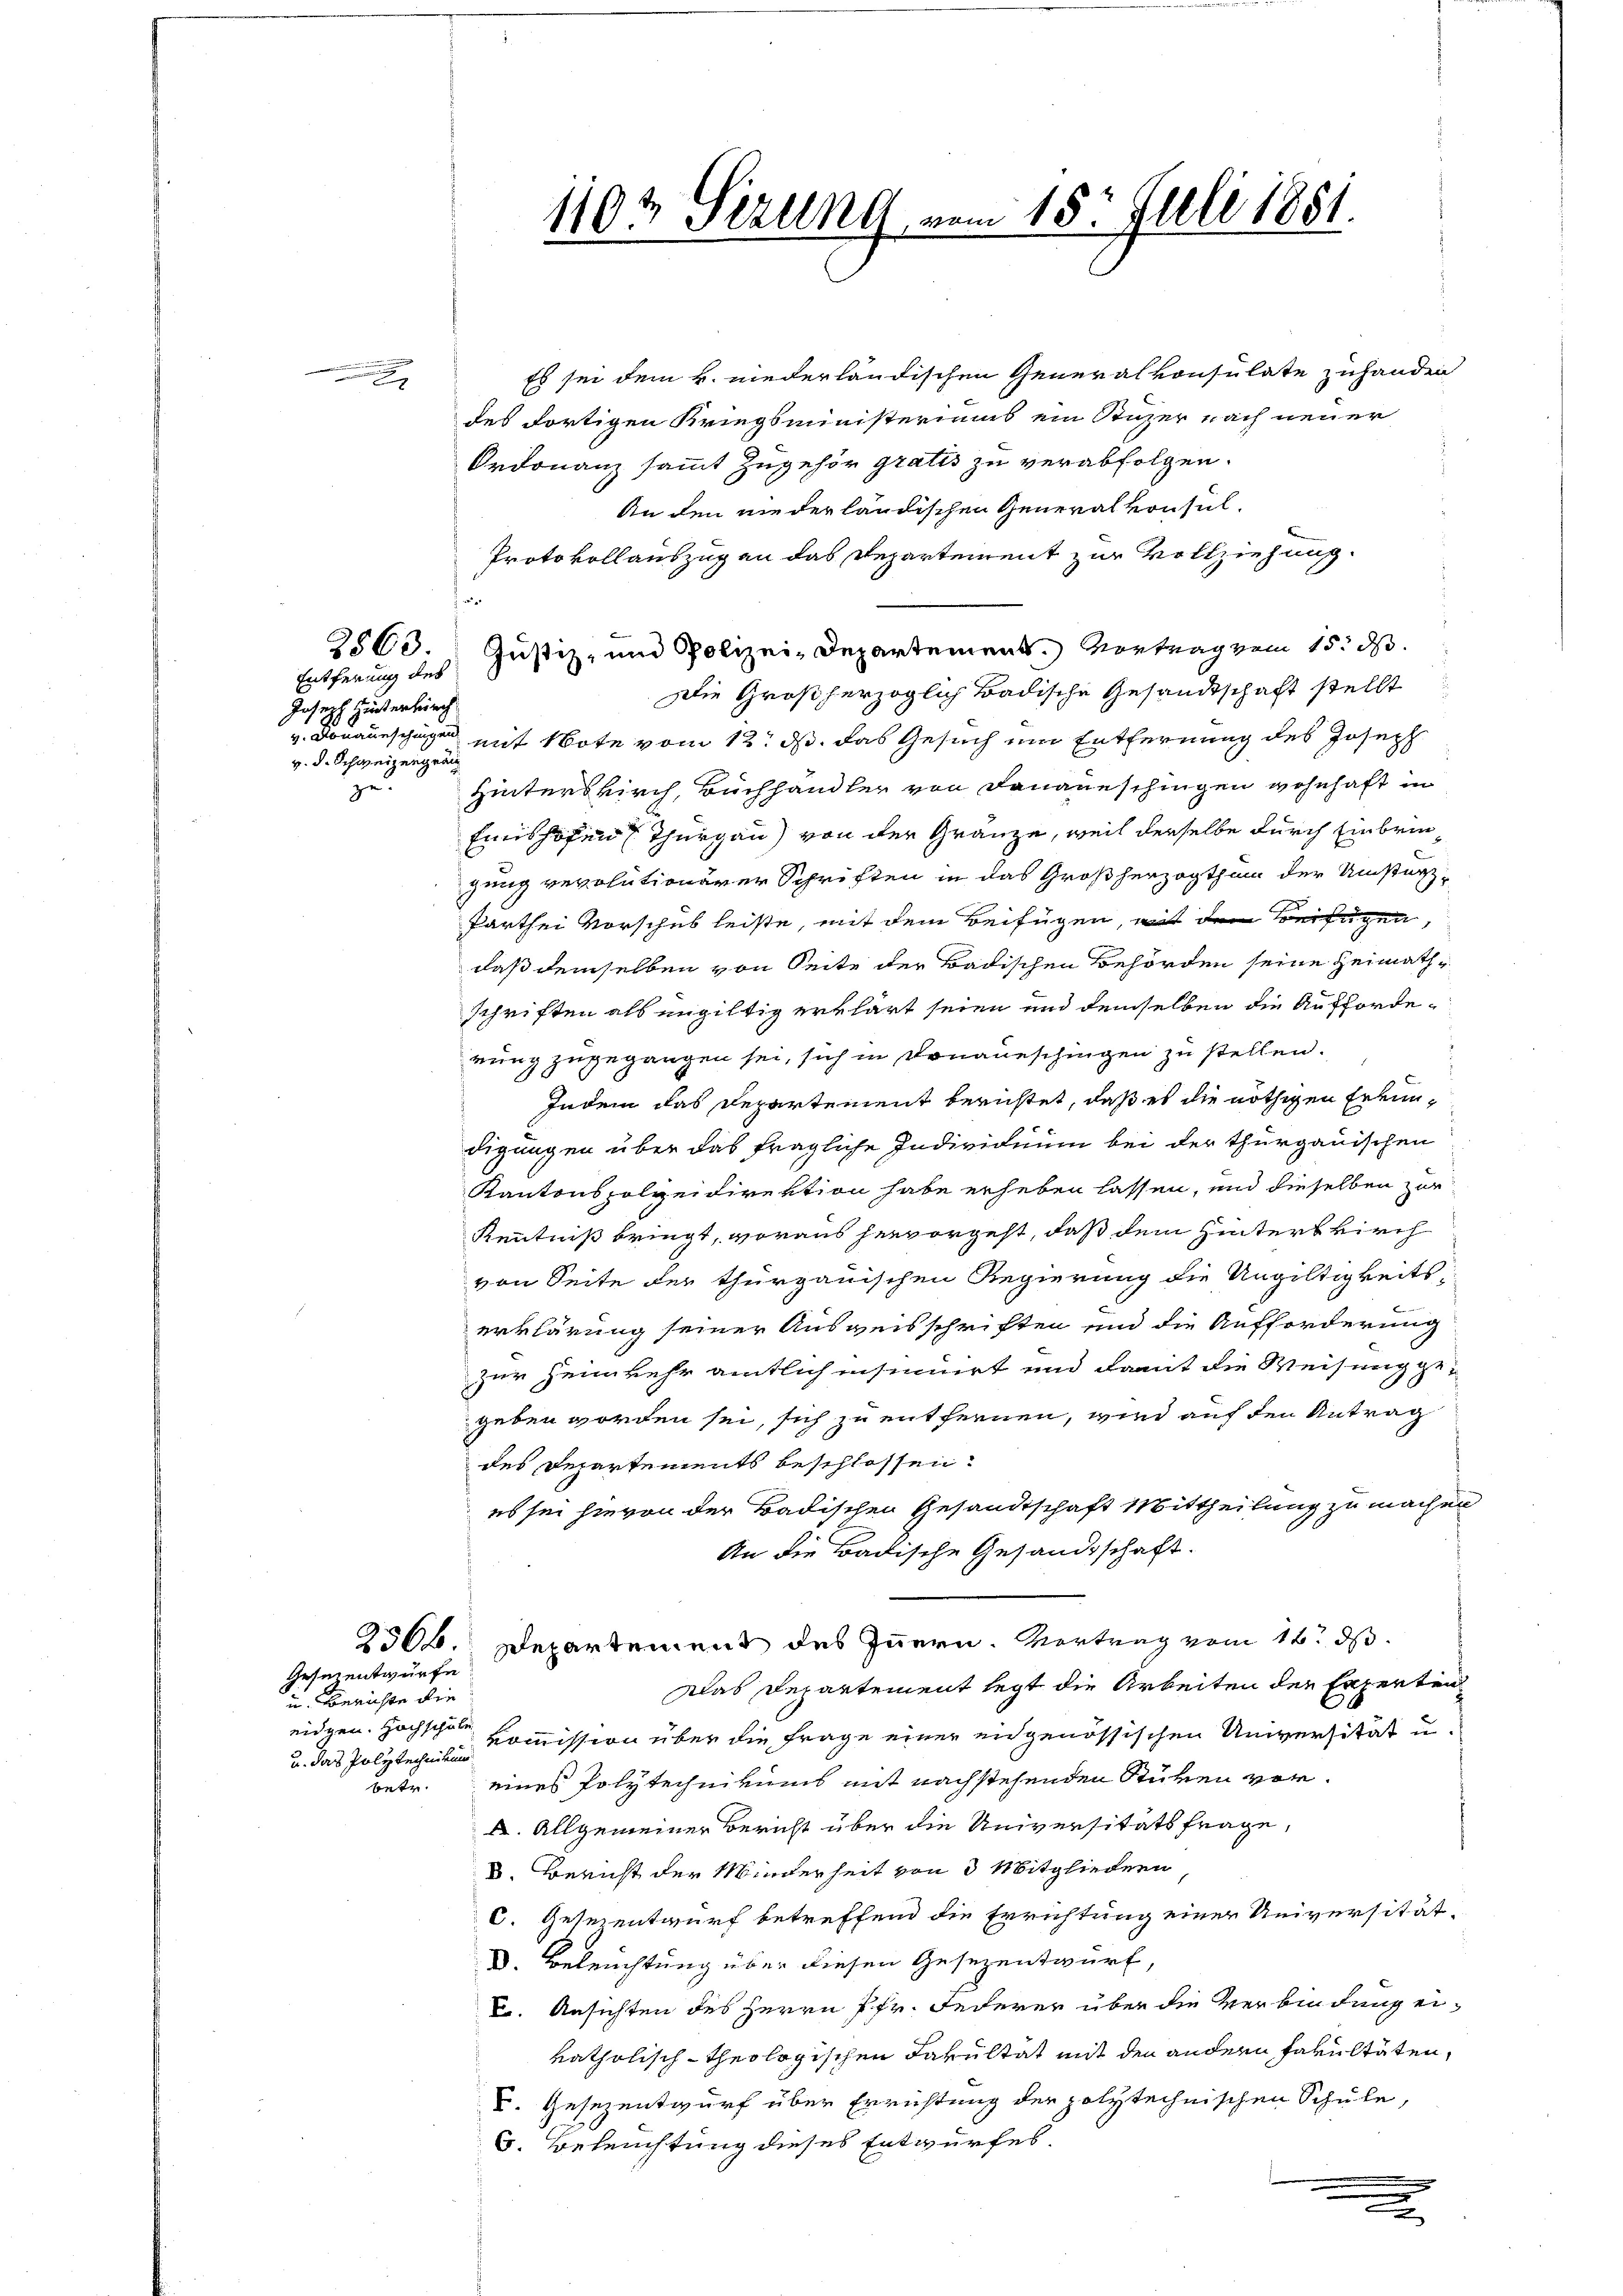
Joseph Hinterkirch
v. d. Schweizergra

2563.

Gesezentwürfe
i. Berichte die
eidgen. Hochschule
u. das Polytechnikum
betr.

Es sei dem h. niederländischen Generalkonsulate zuhanden
des dortigen Kriegsministeriums ein Stuzer nach neuer
Ordonanz sammt zugehör gratis zu verabfolgen.
An den niederländischen Generalkonsul¬
Protokollauszug an das Departement zur Vollziehung.
Entferung des Justiz- und Polizei-Departement. Vortrag vom 15. d.
Die Großherzoglich Badische Gesandtschaft stellt
v. Donaueschigen mit Note vom 12. ds. das Gesuch ein Entfernung des Joseph
ze. Hinterskirch, Buchhandler von Dananeschingen wohnhaft in
Einishofen Thurgau) von der Gränze, weil derselbe durch Einbringung revolutionärer Schriften in das Großherzogthum der Umsturz
Parthei Vorschub leiste, mit dem Beifügen, mit dem Beifügen,
daß demselben von Seite der Badischen Behörden seine Heimathschriften als ungültig erklärt seien und demselben die Aufforderung zugegangen sei, sich in Donaueschingen zu stellen.
Indem das Departement berichtet, daß es die nöthigen Erkundigungen über das fragliche Individuum bei der thurgauischen
Kantonspolzeidirektion habe erheben lassen, und dieselben zur
Kenntniß bringt, woraus hervorgeht, daß dem Hinterkirch
von Seite der thurgauischen Regierung die Ungültigkeitserklärung seiner Ausweisschriften und die Aufforderung
zur Heimkehr amtlich insinuirt und damit die Weisung gegeben worden sei, sich zu entfernen, wird auf den Antrag
des Departements beschlossen.
es sei hievon der Badischen Gesandtschaft Mittheilung zu machen
An die Badische Gesandtschaft.
2566. Departement des Innern. Vortrag vom 16. ds.
Das Departement legt die Arbeiten der Experten
Kommission über die Frage einer eidgenössischen Universität u.
eines Polytechnikums mit nachstehenden Stüken vor¬
u. Allgemeiner Bericht über die Universitätsfrage,
3. Bericht der Minderheit von 3 Mitgliedern
C. Gesezentwurf betreffend die Errichtung einer Universität-
D. Beleuchtung über diesen Gesezentwurf,
. Ansichten des Herrn Pfr. Federer über die Verbindung eikatholisch-theologischen Fakultät mit den andern Fakultäten,
C. Gesezentwurf über Errichtung der polytechnischen Schule,
6. Beleuchtung dieses Entwurfes,
x

110 t Sezung vom 15. Juli 1881.